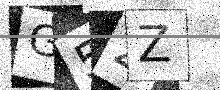
Text: G52Z